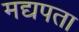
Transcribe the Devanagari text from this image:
मद्यपता